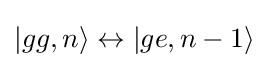
|gg,n\rangle \leftrightarrow |ge,n-1\rangle